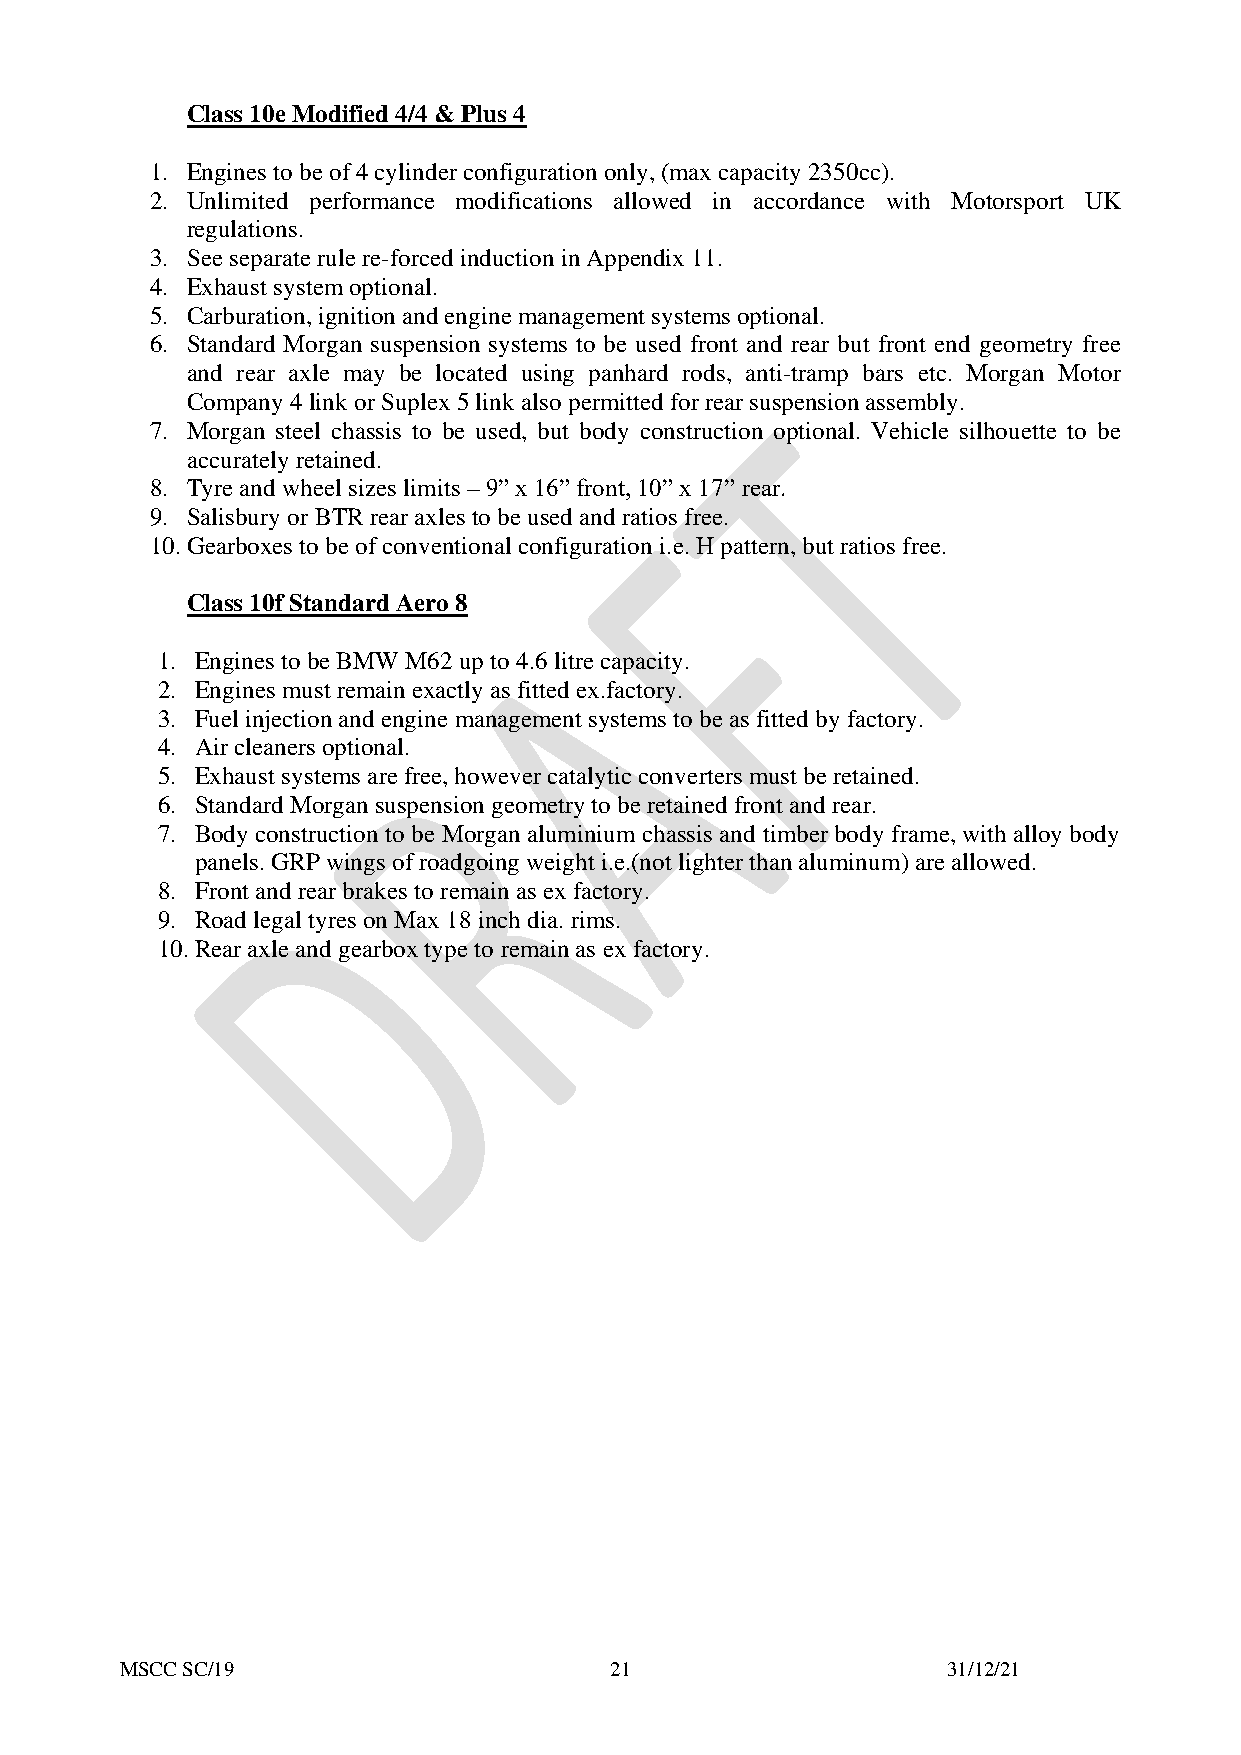
Class 10e Modified 4/4 & Plus 4
 1. Engines to be of 4 cylinder configuration only, (max capacity 2350cc).
 2. Unlimited performance modifications allowed in accordance with Motorsport UK
 regulations.
 3. See separate rule re-forced induction in Appendix 11.
 4. Exhaust system optional.
 5. Carburation, ignition and engine management systems optional.
 6. Standard Morgan suspension systems to be used front and rear but front end geometry free
 and rear axle may be located using panhard rods, anti-tramp bars etc. Morgan Motor
 Company 4 link or Suplex 5 link also permitted for rear suspension assembly.
 7. Morgan steel chassis to be used, but body construction optional. Vehicle silhouette to be
 accurately retained.
 8. Tyre and wheel sizes limits – 9” x 16” front, 10” x 17” rear.
 9. Salisbury or BTR rear axles to be used and ratios free.
 10. Gearboxes to be of conventional configuration i.e. H pattern, but ratios free.
 Class 10f Standard Aero 8
 1. Engines to be BMW M62 up to 4.6 litre capacity.
 2. Engines must remain exactly as fitted ex.factory.
 3. Fuel injection and engine management systems to be as fitted by factory.
 4. Air cleaners optional.
 5. Exhaust systems are free, however catalytic converters must be retained.
 6. Standard Morgan suspension geometry to be retained front and rear.
 7. Body construction to be Morgan aluminium chassis and timber body frame, with alloy body
 panels. GRP wings of roadgoing weight i.e.(not lighter than aluminum) are allowed.
 8. Front and rear brakes to remain as ex factory.
 9. Road legal tyres on Max 18 inch dia. rims.
 10. Rear axle and gearbox type to remain as ex factory.
 MSCC SC/19                      21                     31/12/21